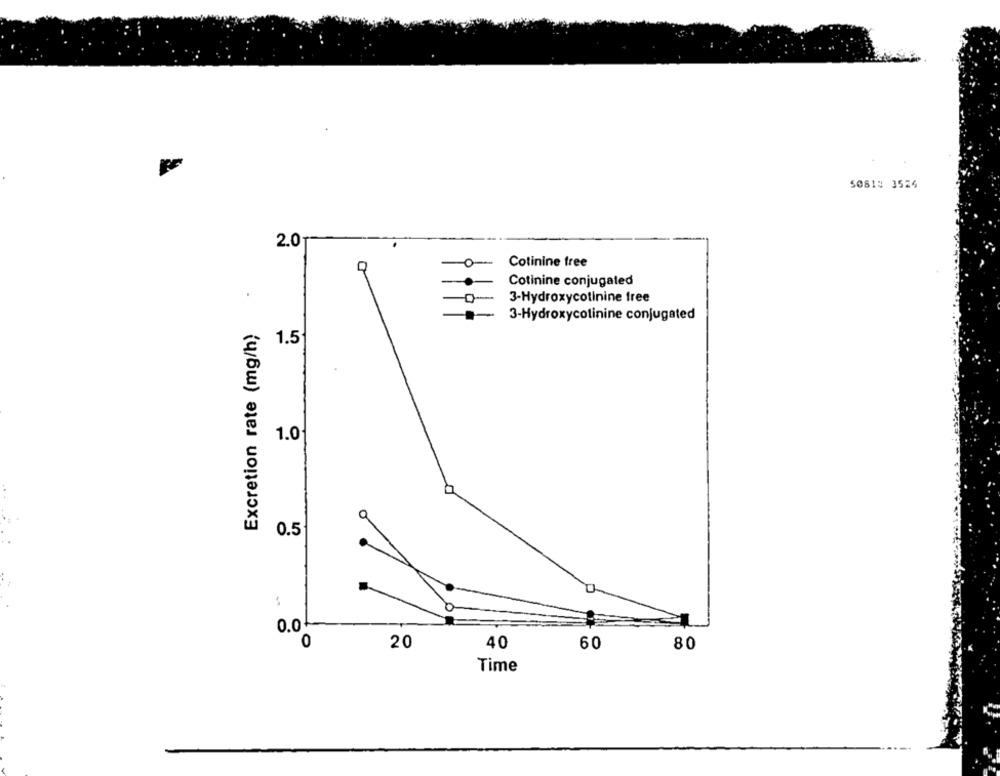
50818 3524
2.0
Cotinine tree
a
Cotinine conjugated
3-Hydroxycotinine free
3-Hydroxycotinine conjugated
Excretion rate (mg/h)
1.5
1.0
a
0.5
0
0.0+
0
20
40
60
80
Time